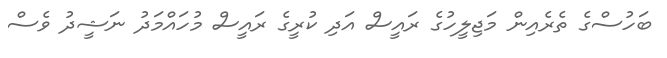
ބަހުސްގެ ތެރެއިން މަޖިލީހުގެ ރައީސް އަދި ކުރީގެ ރައީސް މުހައްމަދު ނަޝީދު ވެސް